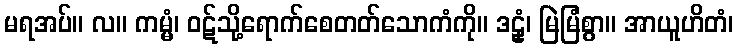
မရအပ်။ လ။ ကမ္မံ၊ ဝဋ်သို့ရောက်စေတတ်သောကံကို။ ဒဠှံ၊ မြဲမြံစွာ။ အာယူဟိတံ၊